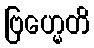
ဗြဟ္မေတိ